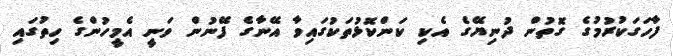
ފާހަގަކުރުމުގެ ގޮތުން ދުނިޔޭގެ އެކި ކަންކޮޅުތަކުގައިވާ އޭނާގެ ފޭނުން ވަނީ އެމީހުންގެ ހިތުގައި